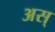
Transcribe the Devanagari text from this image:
अस्‌